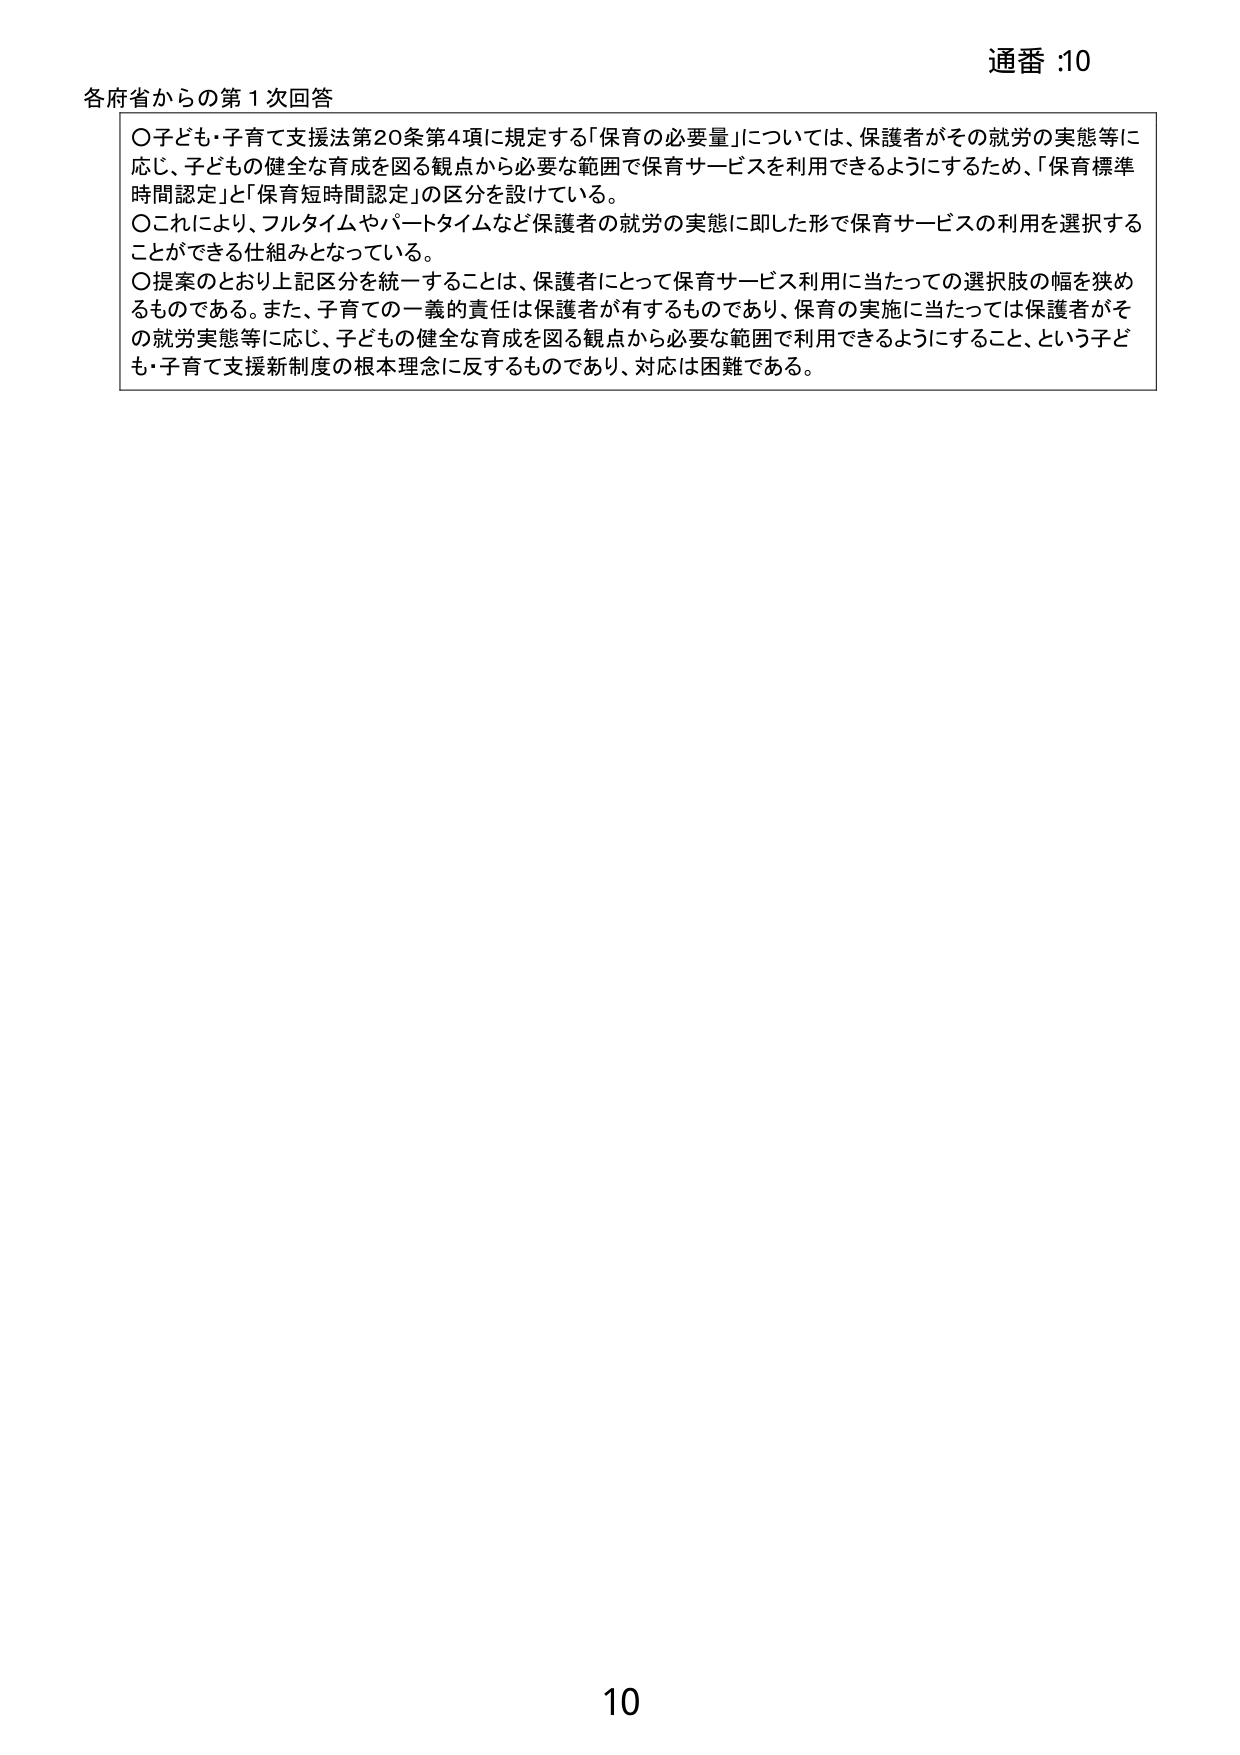
通番 :10
各府省からの第１次回答
〇子ども・子育て支援法第20条第4項に規定する「保育の必要量」については、保護者がその就労の実態等に応じ、子どもの健全な育成を図る観点から必要な範囲で保育サービスを利用できるようにするため、「保育標準時間認定」と「保育短時間認定」の区分を設けている。
〇これにより、フルタイムやパートタイムなど保護者の就労の実態に即した形で保育サービスの利用を選択することができる仕組みとなっている。
〇提案のとおり上記区分を統一することは、保護者にとって保育サービス利用に当たっての選択肢の幅を狭めるものである。また、子育ての一義的責任は保護者が有するものであり、保育の実施に当たっては保護者がその就労実態等に応じ、子どもの健全な育成を図る観点から必要な範囲で利用できるようにすること、という子ども・子育て支援新制度の根本理念に反するものであり、対応は困難である。
10